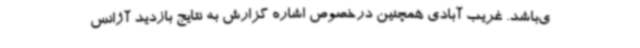
ی‌باشد. غریب آبادی همچنین درخصوص اشاره گزارش به نتایج بازدید آژانس